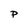
Character: p